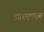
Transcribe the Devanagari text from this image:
आरएचएस